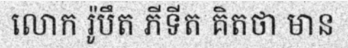
លោក រ៉ូបឹត ភីទីត គិតថា មាន